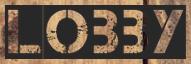
LOBBY